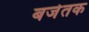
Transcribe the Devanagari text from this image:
बजेतक